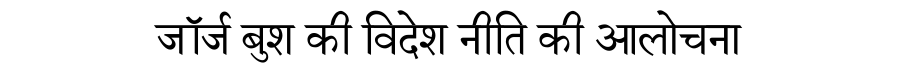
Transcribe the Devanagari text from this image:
जॉर्ज बुश की विदेश नीति की आलोचना